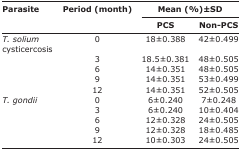
<table><thead><tr><td rowspan="3"><b>Parasite</b></td><td rowspan="3"><b>Period (month)</b></td><td colspan="2"><b>Mean (%)±SD</b></td></tr><tr><td><b>PCS</b></td><td><b>NonPCS</b></td></tr></thead><tbody><tr><td><i>T. solium</i> cysticercosis</td><td>0</td><td>18±0.388</td><td>42±0.499</td></tr><tr><td></td><td>3</td><td>18.5±0.381</td><td>48±0.505</td></tr><tr><td></td><td>6</td><td>14±0.351</td><td>48±0.505</td></tr><tr><td></td><td>9</td><td>14±0.351</td><td>53±0.499</td></tr><tr><td></td><td>12</td><td>14±0.351</td><td>52±0.505</td></tr><tr><td><i>T. gondii</i></td><td>0</td><td>6±0.240</td><td>7±0.248</td></tr><tr><td></td><td>3</td><td>6±0.240</td><td>10±0.404</td></tr><tr><td></td><td>6</td><td>12±0.328</td><td>24±0.505</td></tr><tr><td></td><td>9</td><td>12±0.328</td><td>18±0.485</td></tr><tr><td></td><td>12</td><td>10±0.303</td><td>24±0.505</td></tr></tbody></table>